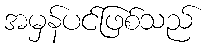
အမှန်ပင်ဖြစ်သည်